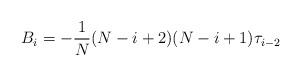
LaTeX: \begin{align*}B_i = - \frac 1N (N-i+2)(N-i+1) \tau_{i-2}\end{align*}